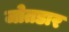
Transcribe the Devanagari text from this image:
जोतडार